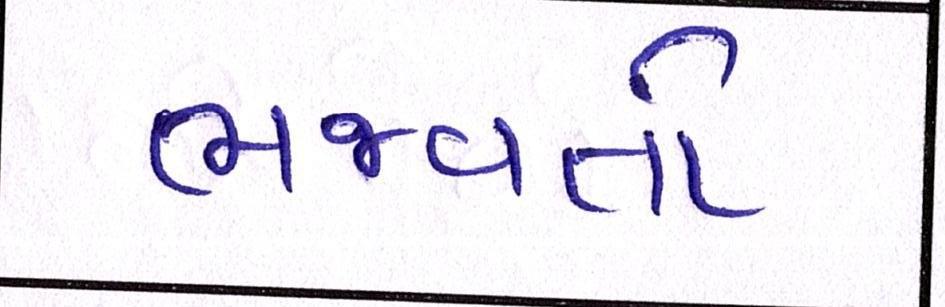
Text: ભજવતો